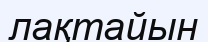
лақтайын